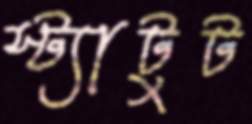
স্ট্যাটুট